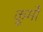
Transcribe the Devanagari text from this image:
कूर्मो